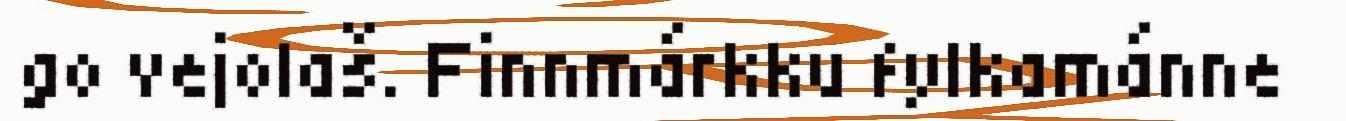
go vejolaš. Finnmárkku fylkamánne